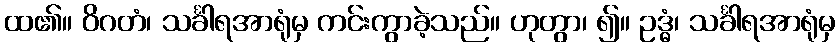
ထ၏။ ဝိဂတံ၊ သင်္ခါရအာရုံမှ ကင်းကွာခဲ့သည်။ ဟုတွာ၊ ၍။ ဥဒ္ဓံ၊ သင်္ခါရအာရုံမှ